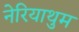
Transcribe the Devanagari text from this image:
नेरियाथुम